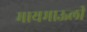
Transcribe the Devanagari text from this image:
मायमाऊली